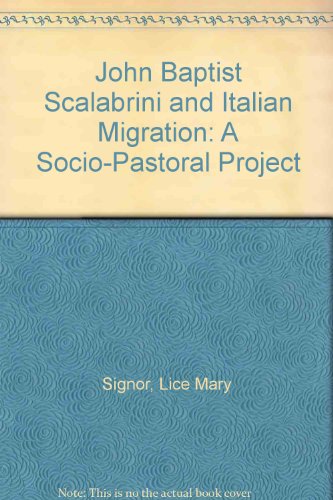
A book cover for John Baptist Scalabrini and Italian Migration: A Socio-Pastoral Project; Lice Mary Signor; Health, Fitness & Dieting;